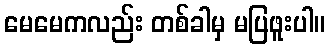
မေမေကလည်း တစ်ခါမှ မပြဖူးပါ။